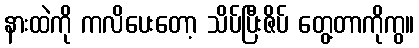
နားထဲကို ကလိပေးတော့ သိပ်ပြီးဇိပ် တွေ့တာကိုကွ။